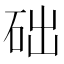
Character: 础